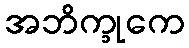
အဘိက္ခုကေ